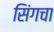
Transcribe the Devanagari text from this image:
सिंगचा